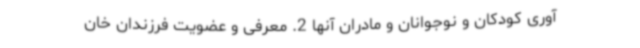
آوری کودکان و نوجوانان و مادران آنها 2. معرفی و عضویت فرزندان خان